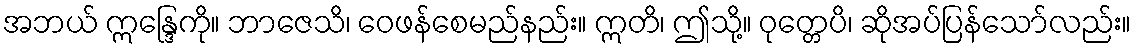
အဘယ် ဣန္ဒြေကို။ ဘာဇေသိ၊ ဝေဖန်စေမည်နည်း။ ဣတိ၊ ဤသို့။ ဝုတ္တေပိ၊ ဆိုအပ်ပြန်သော်လည်း။